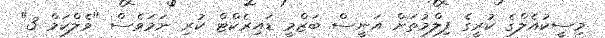
މިސީކުއެލްގެ ކުރީގެ ފިލްމުތަށް އަނީސް ބަޒްމީ ޑައިރެކްޓް ކުރި ނަމަވެސް "ވެލްކަމް 3"